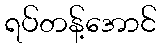
ရပ်တန့်အောင်